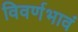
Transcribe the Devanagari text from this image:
विवर्णभावं